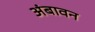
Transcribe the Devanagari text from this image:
अंबावन